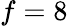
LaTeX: f=8